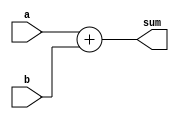
module behavioral_adder (
    input [2:0] a,
    input [2:0] b,
    output [3:0] sum
);
    assign sum = a + b;
endmodule